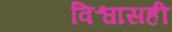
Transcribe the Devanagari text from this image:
विश्वासही